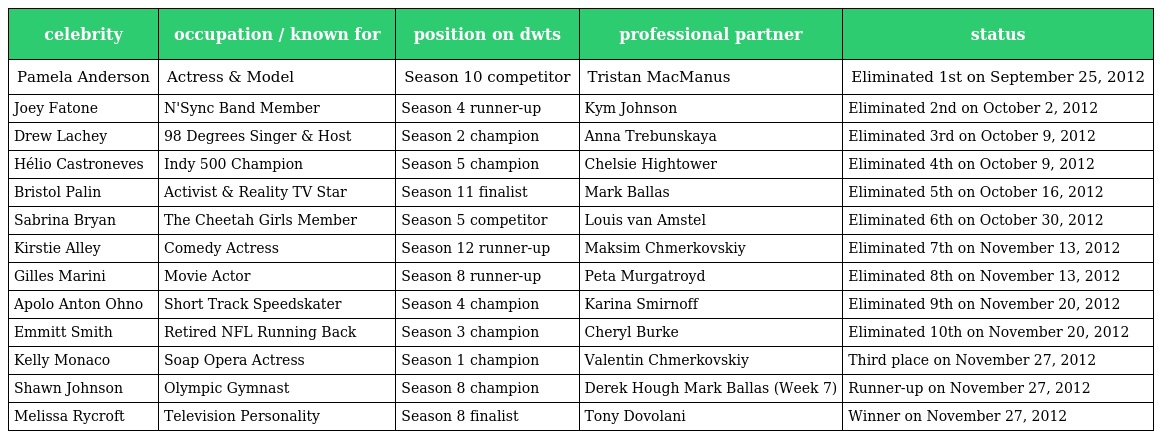
| celebrity | occupation / known for | position on dwts | professional partner | status |
 | --- | --- | --- | --- | --- |
 | Pamela Anderson | Actress & Model | Season 10 competitor | Tristan MacManus | Eliminated 1st on September 25, 2012 |
 | Joey Fatone | N'Sync Band Member | Season 4 runner-up | Kym Johnson | Eliminated 2nd on October 2, 2012 |
 | Drew Lachey | 98 Degrees Singer & Host | Season 2 champion | Anna Trebunskaya | Eliminated 3rd on October 9, 2012 |
 | Hélio Castroneves | Indy 500 Champion | Season 5 champion | Chelsie Hightower | Eliminated 4th on October 9, 2012 |
 | Bristol Palin | Activist & Reality TV Star | Season 11 finalist | Mark Ballas | Eliminated 5th on October 16, 2012 |
 | Sabrina Bryan | The Cheetah Girls Member | Season 5 competitor | Louis van Amstel | Eliminated 6th on October 30, 2012 |
 | Kirstie Alley | Comedy Actress | Season 12 runner-up | Maksim Chmerkovskiy | Eliminated 7th on November 13, 2012 |
 | Gilles Marini | Movie Actor | Season 8 runner-up | Peta Murgatroyd | Eliminated 8th on November 13, 2012 |
 | Apolo Anton Ohno | Short Track Speedskater | Season 4 champion | Karina Smirnoff | Eliminated 9th on November 20, 2012 |
 | Emmitt Smith | Retired NFL Running Back | Season 3 champion | Cheryl Burke | Eliminated 10th on November 20, 2012 |
 | Kelly Monaco | Soap Opera Actress | Season 1 champion | Valentin Chmerkovskiy | Third place on November 27, 2012 |
 | Shawn Johnson | Olympic Gymnast | Season 8 champion | Derek Hough Mark Ballas (Week 7) | Runner-up on November 27, 2012 |
 | Melissa Rycroft | Television Personality | Season 8 finalist | Tony Dovolani | Winner on November 27, 2012 |